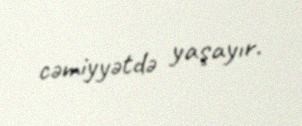
cəmiyyətdə yaşayır.